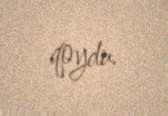
qoydu.